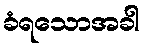
ခံရသောအခါ